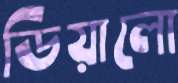
ডিয়ালো